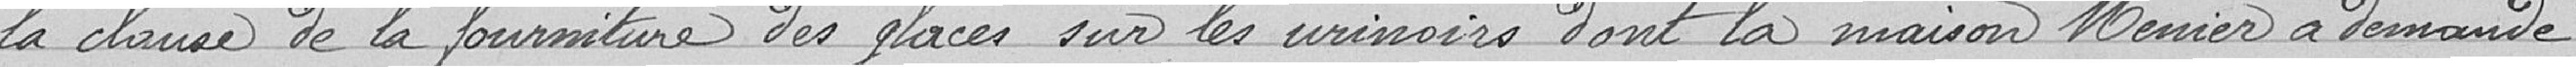
la clause de la fourniture des places sur les urinoirs dont la maison Menier a demandé